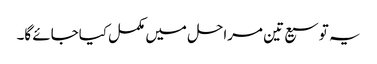
یہ توسیع تین مراحل میں مکمل کیاجائے گا۔